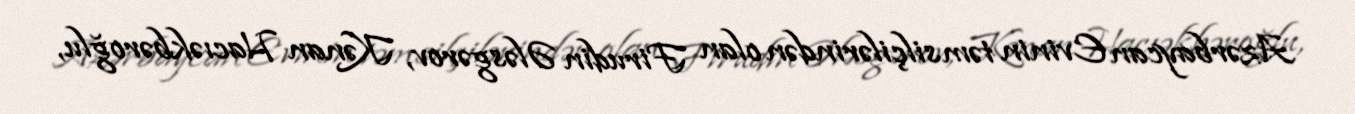
Azərbaycan Evinin təmsilçilərindən olan Firudin Ələsgərov, Kənan Hacıəkbəroğlu,